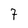
Character: 7